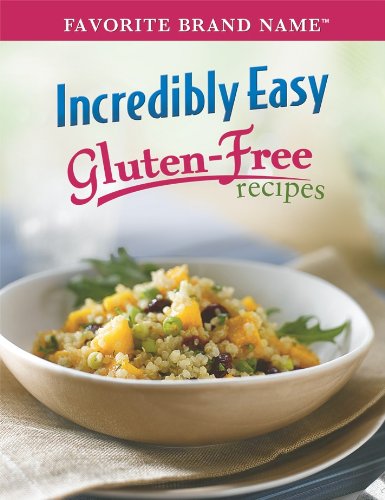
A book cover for Incredibly Easy Gluten-Free Recipes (Favorite Brand Name); Publications International Staff; Cookbooks, Food & Wine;